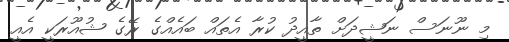
މި ނޫނަސް ނަޝީދަށް ތާއީދު ކުރާ އެތައް ބައެއްގެ ރޭގެ ޝުއޫރަކީ އެއީ